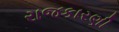
રાજકારણી